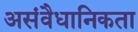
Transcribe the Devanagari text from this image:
असंवैधानिकता